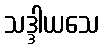
သဒ္ဒါယသေ